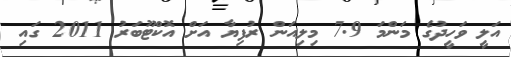
އަލީ ވަހީދުގެ މަންމަ 7.9 މިލިއަން ރުފިޔާ އަށް އޮކްޓޫބަރު 2011 ގައި